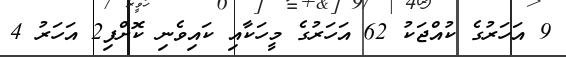
9 އަހަރުގެ ކުއްޖަކު 62 އަހަރުގެ މީހަކާއި ކައިވެނި ކޮށްފި2 އަހަރު 4